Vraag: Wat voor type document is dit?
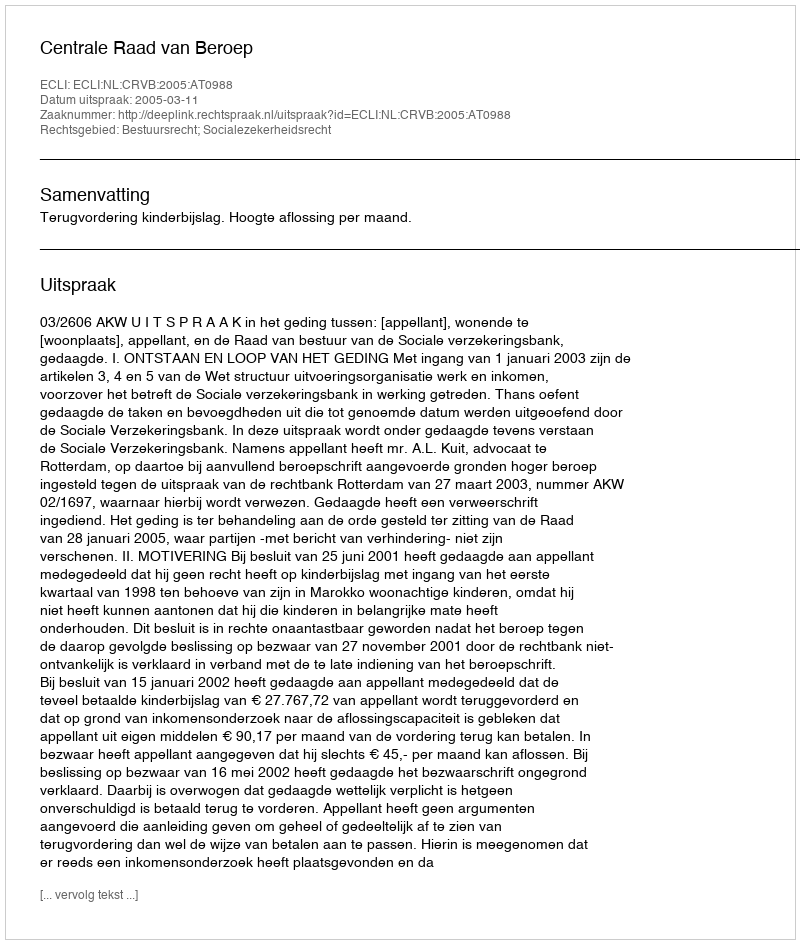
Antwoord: Uitspraak